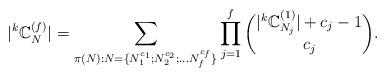
LaTeX: \begin{align*}|^k\mathbb{C}_N^{(f)}| = \sum_{\pi(N): N=\{N_1^{c_1};N_2^{c_2};\ldots N_f^{c_f}\}} \prod_{j=1}^f\binom{|^k\mathbb{C}_{N_j}^{(1)}|+c_j-1}{c_j}.\end{align*}